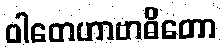
ဝါတေဟာဗာဓိတော